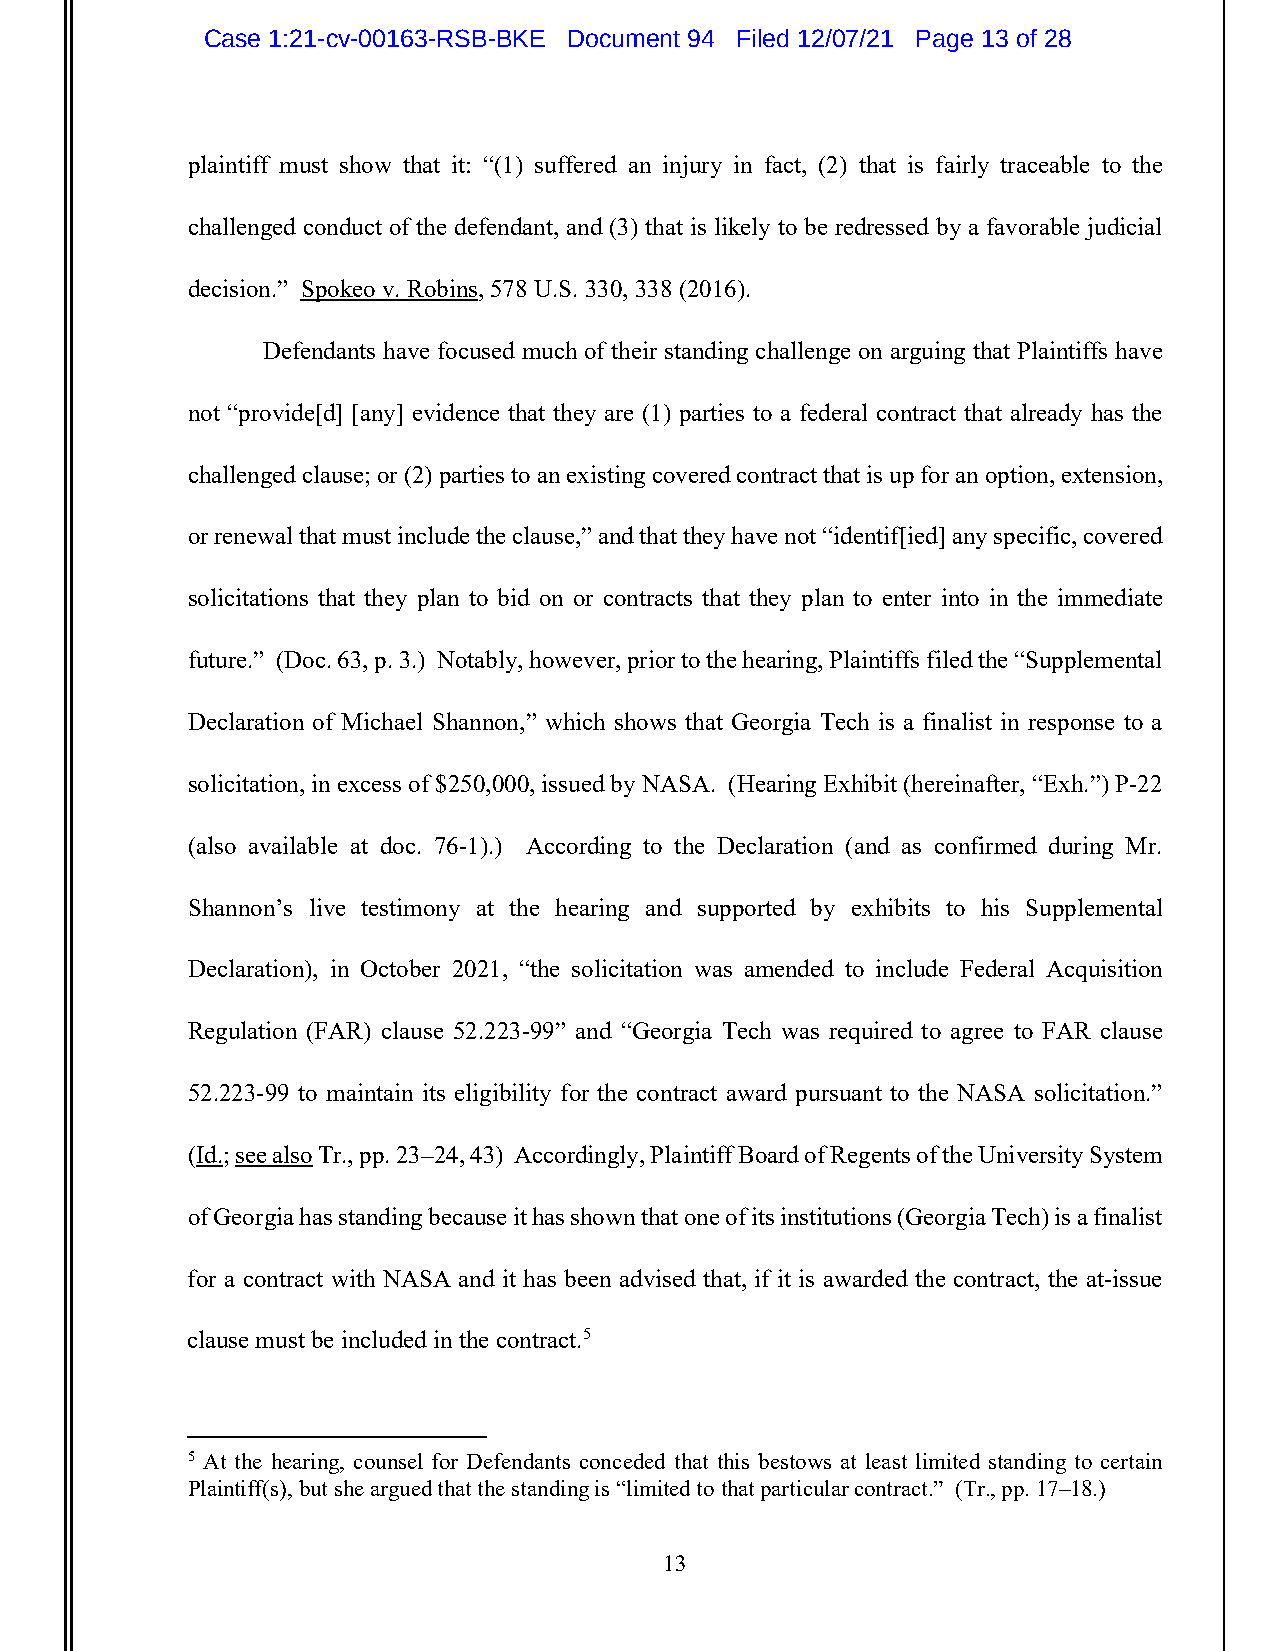
Case 1:21-cv-00163-RSB-BKE Document 94 Filed 12/07/21 Page 13 of 28
 plaintiff must show that it: “(1) suffered an injury in fact, (2) that is fairly traceable to the
 challenged conduct of the defendant, and (3) that is likely to be redressed by a favorable judicial
 decision.” Spokeo v. Robins, 578 U.S. 330, 338 (2016).
 Defendants have focused much of their standing challenge on arguing that Plaintiffs have
 not “provide[d] [any] evidence that they are (1) parties to a federal contract that already has the
 challenged clause; or (2) parties to an existing covered contract that is up for an option, extension,
 or renewal that must include the clause,” and that they have not “identif[ied] any specific, covered
 solicitations that they plan to bid on or contracts that they plan to enter into in the immediate
 future.” (Doc. 63, p. 3.) Notably, however, prior to the hearing, Plaintiffs filed the “Supplemental
 Declaration of Michael Shannon,” which shows that Georgia Tech is a finalist in response to a
 solicitation, in excess of $250,000, issued by NASA. (Hearing Exhibit (hereinafter, “Exh.”) P-22
 (also available at doc. 76-1).) According to the Declaration (and as confirmed during Mr.
 Shannon’s live testimony at the hearing and supported by exhibits to his Supplemental
 Declaration), in October 2021, “the solicitation was amended to include Federal Acquisition
 Regulation (FAR) clause 52.223-99” and “Georgia Tech was required to agree to FAR clause
 52.223-99 to maintain its eligibility for the contract award pursuant to the NASA solicitation.”
 (Id.; see also Tr., pp. 23–24, 43) Accordingly, Plaintiff Board of Regents of the University System
 of Georgia has standing because it has shown that one of its institutions (Georgia Tech) is a finalist
 for a contract with NASA and it has been advised that, if it is awarded the contract, the at-issue
 clause must be included in the contract.5
 5 At the hearing, counsel for Defendants conceded that this bestows at least limited standing to certain
 Plaintiff(s), but she argued that the standing is “limited to that particular contract.” (Tr., pp. 17–18.)
 13